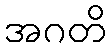
အဂတိ